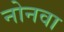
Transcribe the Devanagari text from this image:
नोनवा